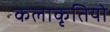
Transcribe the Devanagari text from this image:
कलाकृतियो